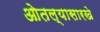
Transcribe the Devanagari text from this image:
ओतल्यासारखे